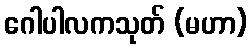
ဂေါပါလကသုတ် (မဟာ)